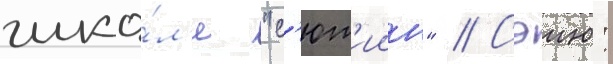
шко́л'е "с'ют'иин" // Сэию: